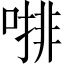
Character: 𠼕